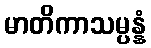
မာတိကာသမ္ပန္နံ